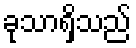
ခုသာရှိသည်